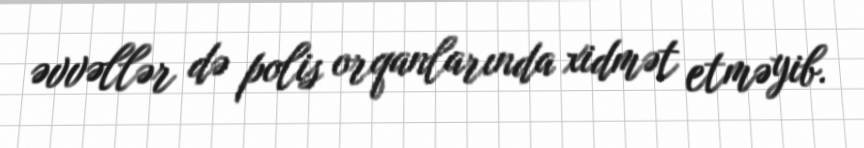
əvvəllər də polis orqanlarında xidmət etməyib.